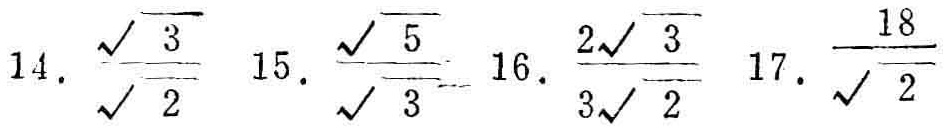
14. $\frac{\sqrt{3}}{\sqrt{2}}$ 15. $\frac{\sqrt{5}}{\sqrt{3}}$ 16. $\frac{2\sqrt{3}}{3\sqrt{2}}$ 17. $\frac{18}{\sqrt{2}}$